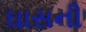
ઘાસની